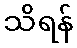
သိရန်